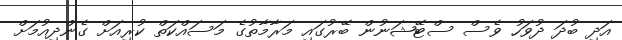
އަދި ބުދަ ދުވަހު ވެސް ސްޓޭޝަނުން ބޭރުގައި މަރާމާތުގެ މަސައްކަތް ކުރިއަށް ގެންދިއުމަށް